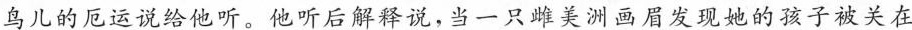
鸟儿的厄运说给他听。他听后解释说，当一只雌美洲画眉发现她的孩子被关在